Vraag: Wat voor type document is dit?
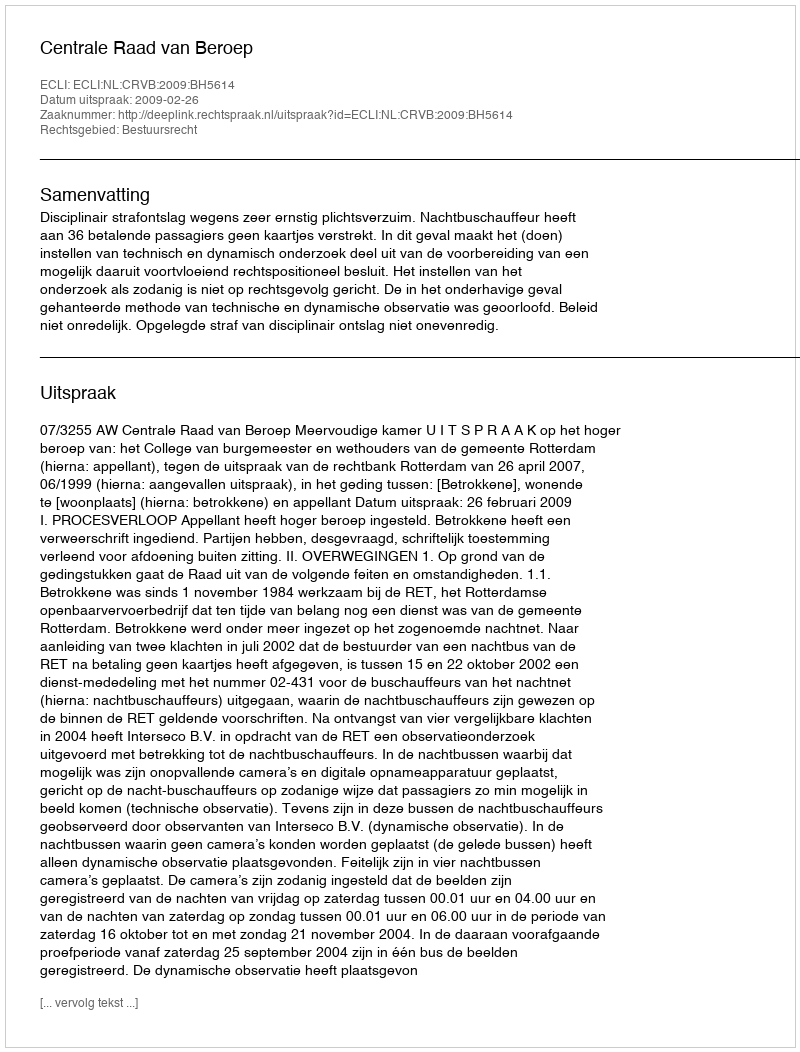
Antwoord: Uitspraak